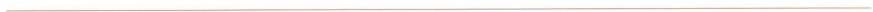
___